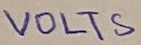
Text: VOLTS